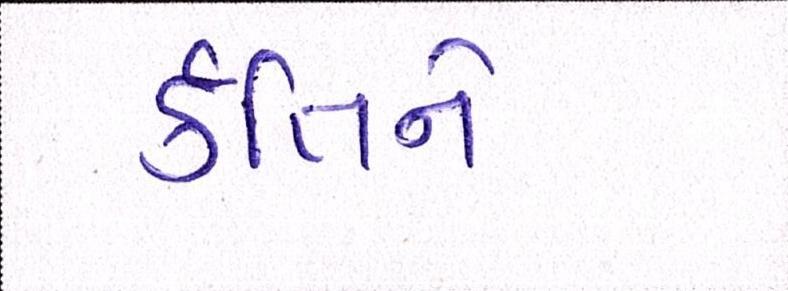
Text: ર્કતિને